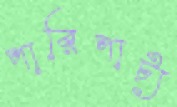
পারিপাট্য